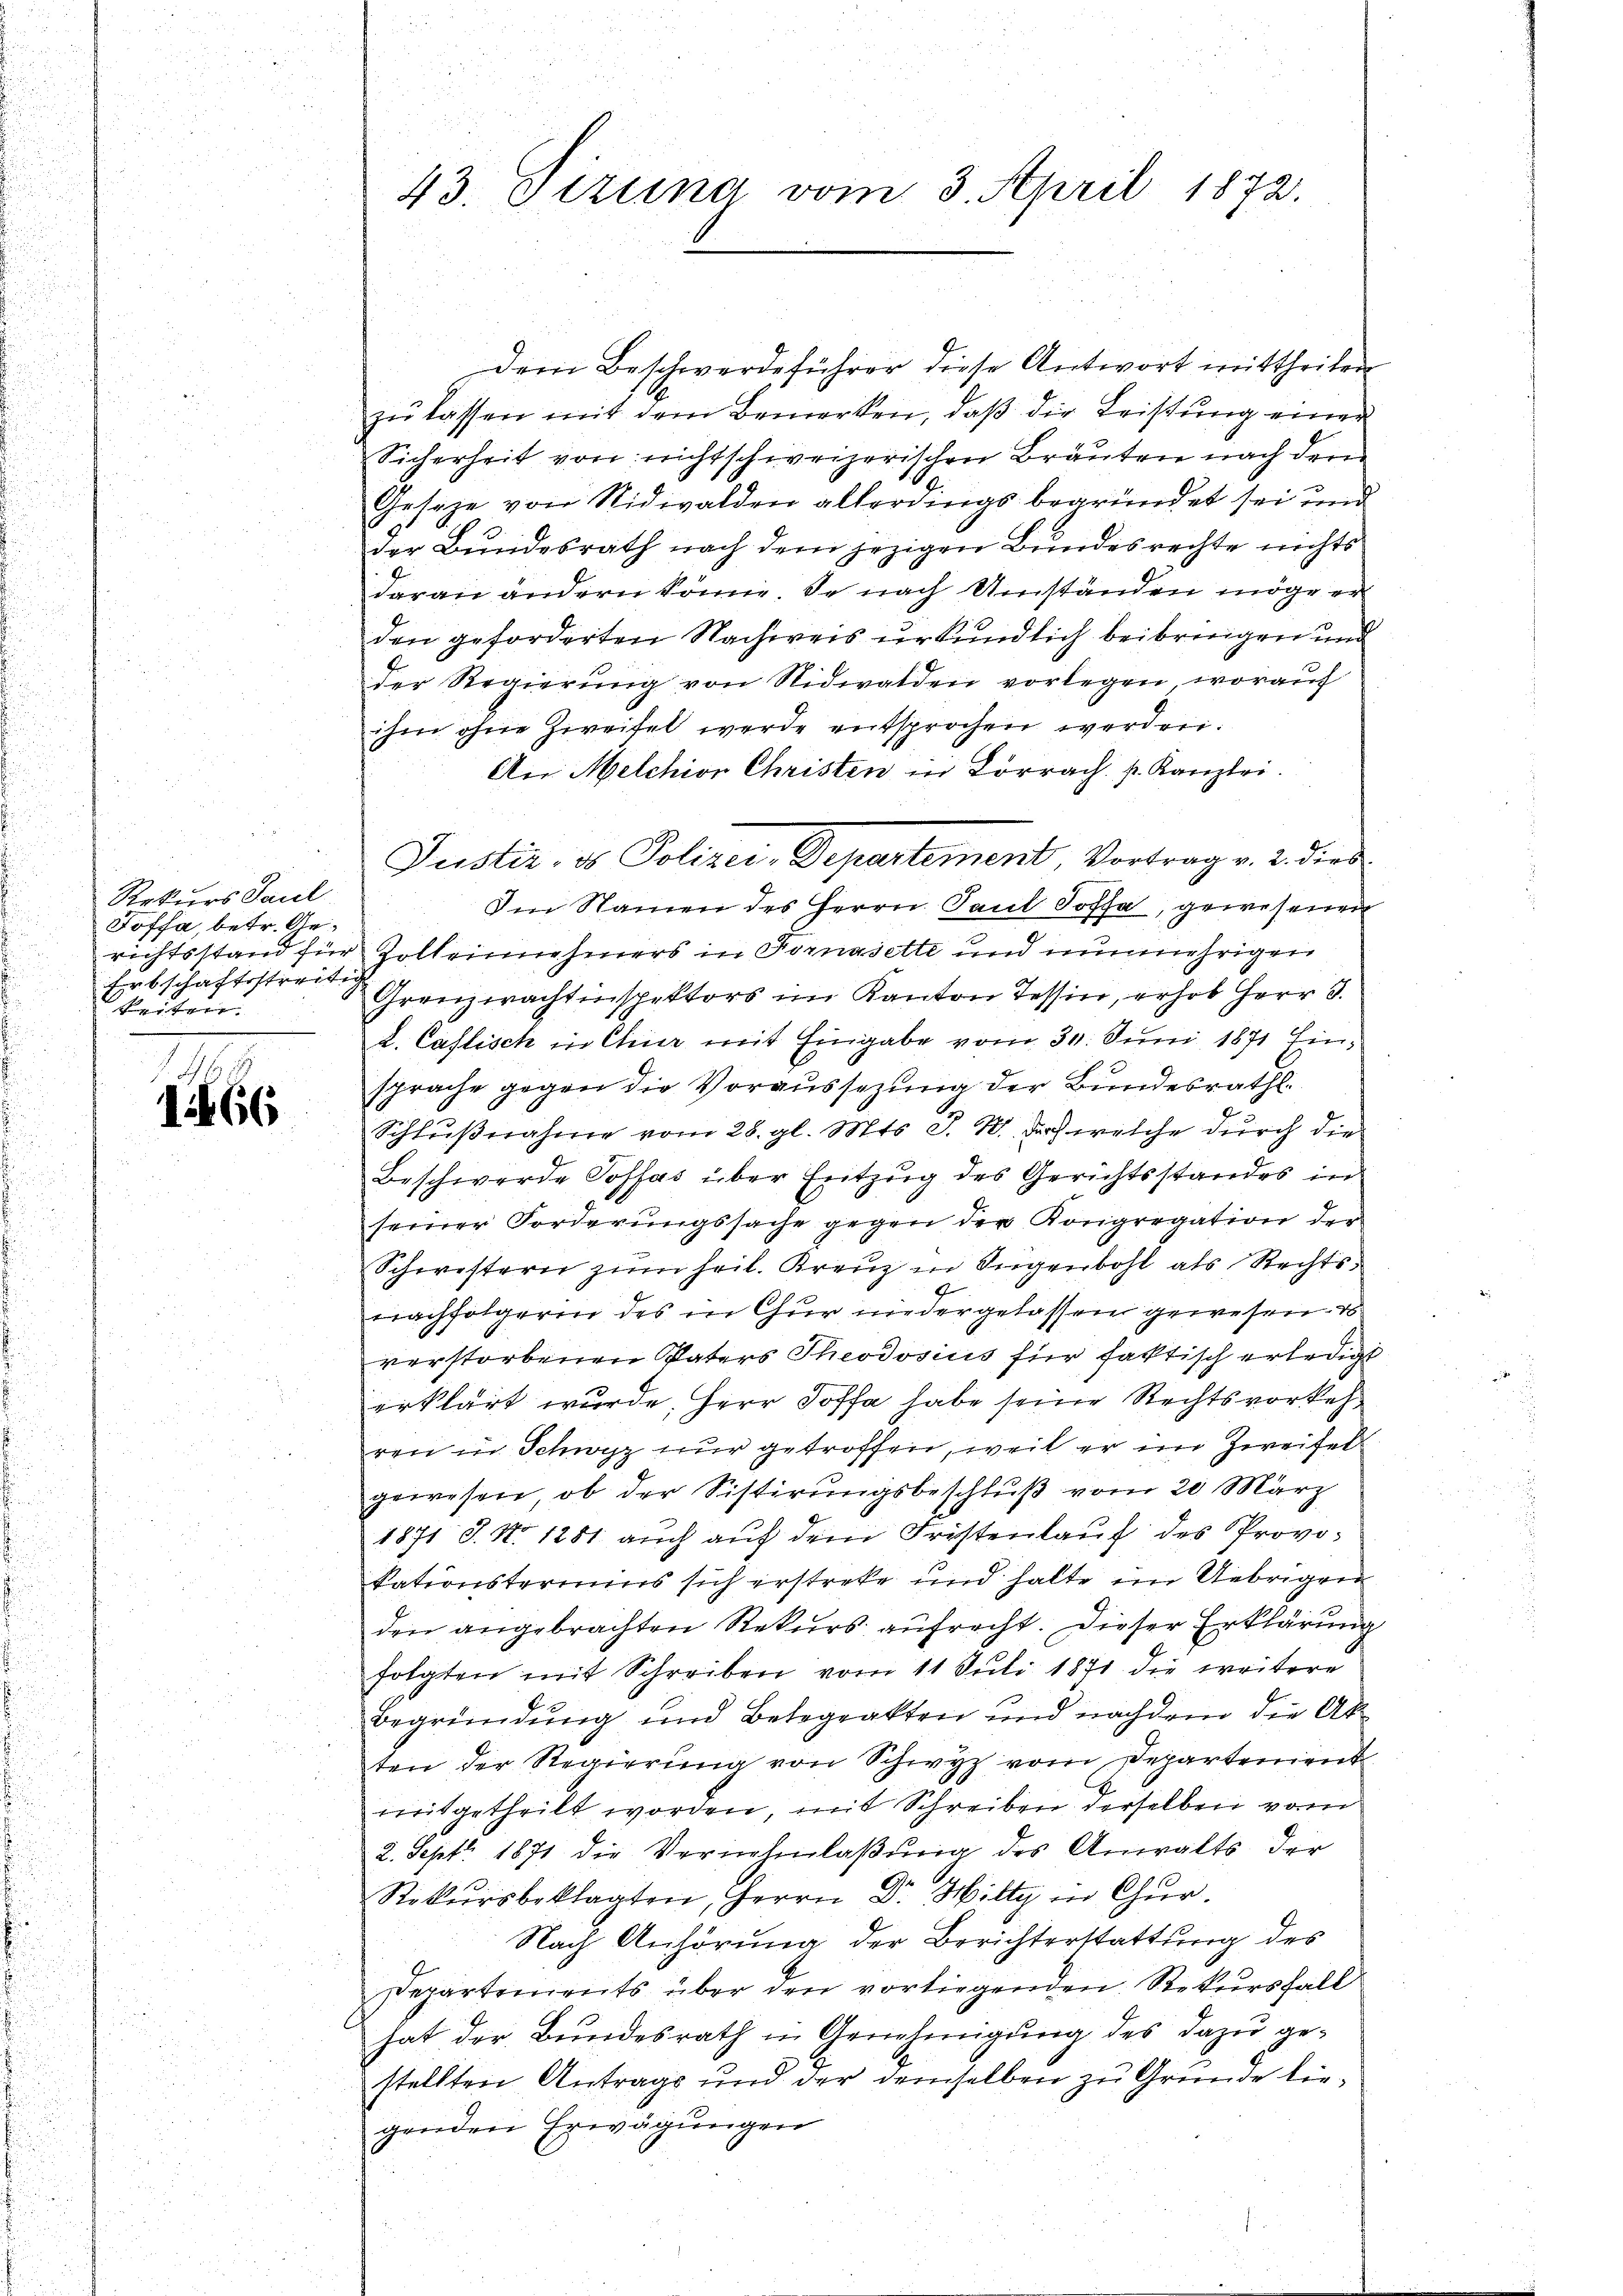
Rekurs Paul
Fofsa, betr. Ge¬
Erbschaftsstreitig
Beitrie

66

43. Setzung vom 3. April 1873.

dem Beschwerdeführer diese Antwort mittheilen
zŭ lassen mit dem Bemerken, daβ die Leistung einer
Sicherheit von nicht schweizerischen Brauten nach dem
Gesage von Nidwalden allerdings begründet sei und
der Bundesrath nach dem jezigen Bundesrechte nichts

daran andern könne, je nach Umständen möge er
den geforderten Nachweis urkundlich beibringen und
der Regierŭng von Nidwalden vorlegen worauf
ihm ohne Zweifel werde entsprochen werden.
An Melchion Christen in Lörrach. p. Kanzlei.
Im Namen des Herrn Paul Soffa, gewesenen
richtsstand für Zolleinnehmers in Fornasette und nunmehrigen
Grenzwachtinspektors im Kanton Tessin, erhob Herr D.
L. Castisch in Chier mit Eingabe vom 30. Juni 1871 Einsprache gegen die Voraussezung der Bundesrath
Schlußnahme vom 28. gl. Mts. S. 10. doch welche durch die
Beschwerde Posfas über Entzug des Gerichtsstandes in
seiner Forderungssache gegen der Kongregation der
Schwestern zum heil. Kreuz in Jugenbohl als Rechtsnachfolgerin des in Chur niedergelassen gewesen. D
verstorbenen Paters Theodosius für faktisch erledigt
erklärt wurde, Herr Soffa habe seine Rechtsvorkehren in Schwyz nur getroffen, weil er im Zweifel
gewesen, ob der Sistirungsbeschluß vom 20. März
1871 J. No 1281 aŭch aŭf dem Fristenlaŭf des Provo-
kationstermins sich erstreke und halte im Uebrigen
den angebrachten Rekurs aufrecht. Dieser Erklärung
folgten mit Schreiben vom 11 Juli 1871 die weitere
Begründung und Belegrakten und nachdem die Ak
ten der Regierung von Schwyz vom Departement
mitgetheilt worden, mit Schreiben derselben vom
2. Sept. 1871 die Vernehmlaßung des Anwalts der
Rekŭrsbeklagten, Herrn Dr. Hilty in Chur-
Nach Anhörung der Berichterstattung des
Departements über den vorliegenden Rekursfall
hat der Bundesrath in Genehmigung des dazu gestellten Antrags und der demselben zu Grunde liegenden Erwägungen

Justiz- & Polizei-Departement, Vortrag v. 2. dies